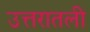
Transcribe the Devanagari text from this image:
उत्तरातली